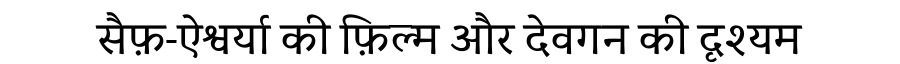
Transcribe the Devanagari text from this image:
सैफ़-ऐश्वर्या की फ़िल्म और देवगन की दृश्यम